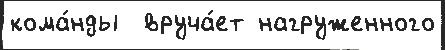
кома́нды  вруча́ет нагруженного